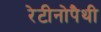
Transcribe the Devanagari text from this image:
रेटीनोपैथी